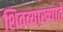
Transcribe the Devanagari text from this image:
शिवव्याख्याते